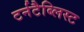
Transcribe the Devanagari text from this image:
टर्नटैब्लिस्ट